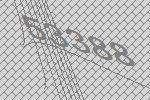
53388